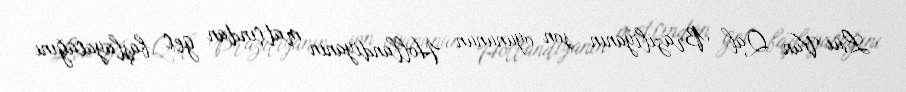
Lui Van Qal Braziliyanın son oyununun Hollandiyanın matçından gec başlayacağını